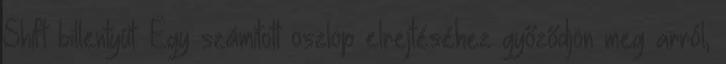
Shift billentyűt. Egy számított oszlop elrejtéséhez győződjön meg arról,